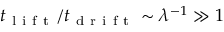
t _ { \mathrm { ~ l ~ i ~ f ~ t ~ } } / t _ { \mathrm { ~ d ~ r ~ i ~ f ~ t ~ } } \sim \lambda ^ { - 1 } \gg 1